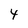
Character: 4